Senior Leaving Certificate Examination (including Day School Certificate (Higher) General paper), 1949
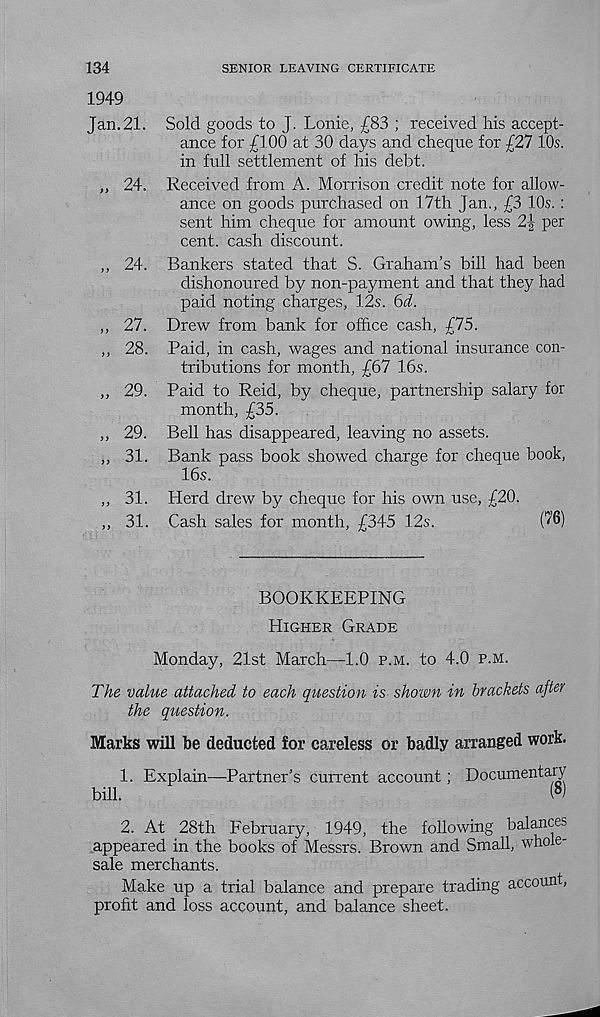
SENIOR LEAVING CERTIFICATE
134
1949
Jan. 21. Sold goods to J. Lonie, £83 ; received his accept-
ance for £100 at 30 days and cheque for £27 10s.
in full settlement of his debt.
„ 24. Received from A. Morrison credit note for allow-
ance on goods purchased on 17th Jan., £3 10s. :
sent him cheque for amount owing, less 2-| per
cent, cash discount.
,, 24. Bankers stated that S. Graham’s bill had been
dishonoured by non-payment and that they had
paid noting charges, 12s. 6d.
,, 27. Drew from bank for office cash, £75.
,, 28. Paid, in cash, wages and national insurance con-
tributions for month, £67 16s.
,, 29. Paid to Reid, by cheque, partnership salary for
month, £35.
,, 29. Bell has disappeared, leaving no assets.
,, 31. Bank pass book showed charge for cheque book,
16s.
,, 31. Herd drew by cheque for his own use, £20.
,, 31. Cash sales for month, £345 12s.
(76)
BOOKKEEPING
Higher Grade
Monday, 21st March—1.0 p.m. to 4.0 p.m.
The value attached to each question is shown in brackets after
the question.
Marks will be deducted for careless or badly arranged work.
1. Explain—Partner’s current account; Documentary
bill.
( 8 )
2. At 28th February, 1949, the following balances
appeared in the books of Messrs. Brown and Small, whole-
sale merchants.
Make up a trial balance and prepare trading account,
profit and loss account, and balance sheet.